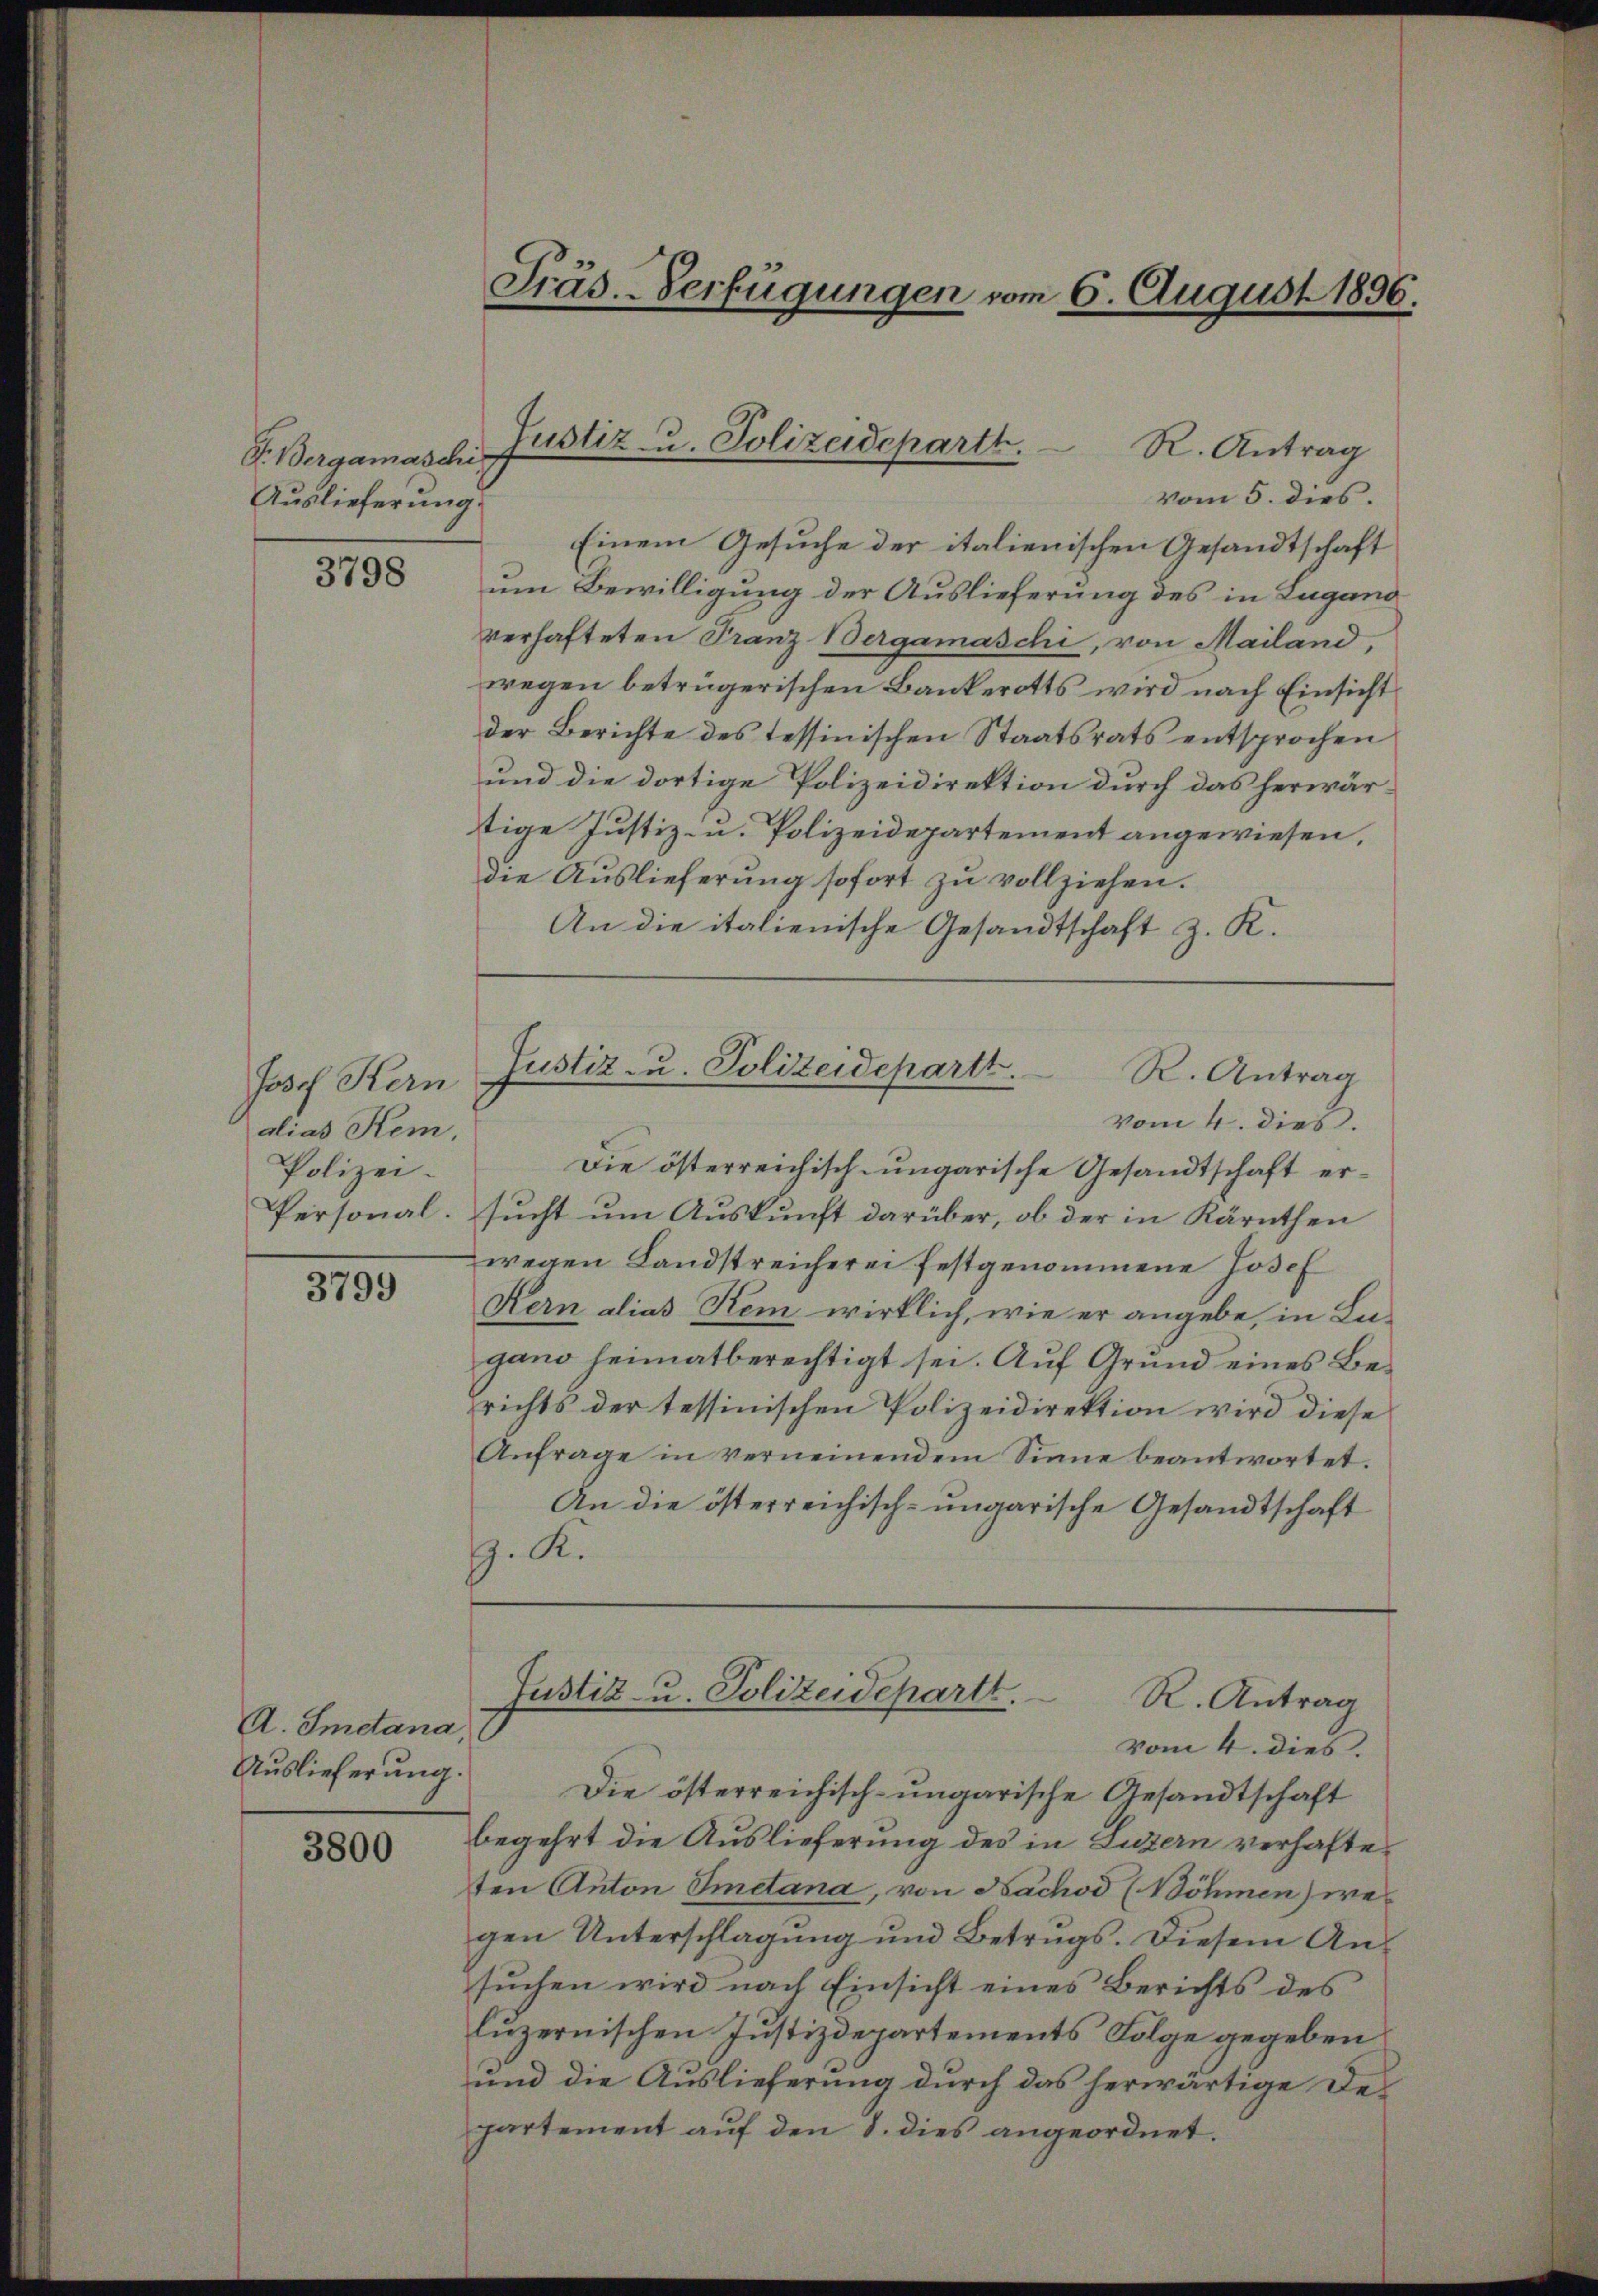
Gr. Bergamaschi
Auslieferung.

3798

Josef Kern
alias Kem
Polizei.
Personal.

3799

A. Smetana,
Auslieferung.

3800

Präs.-Verfügungen vom 6. August 1896.

R. Antrag
vom 5. dies.
Einem Gesuche der italienischen Gesandtschaft
um Bewilligung der Auslieferung des in Lugano
verhafteten Franz Bergamaschi, von Mailand,
wegen betrügerischen Bankerotts wird nach Einsicht
der Berichte des tessinischen Staatsrats entsprochen
und die dortige Polizeidirektion durch das herwärtige Justiz- u. Polizeidepartement angewiesen,
die Auslieferung sofort zu vollziehen.
An die italienische Gesandtschaft z. K.

Justiz- u. Polizeideparth.

Justiz zu. Polizeidepartt.
R. Antrag
vom 4. dies.

Die österreichisch-ungarische Gesandtschaft ersucht um Auskunft darüber, ob der in Kärnthen
wegen Landstreicherei festgenommene Josef
Kern alias Kem wirklich, wie er angebe, in Lu-
gano heimatberechtigt sei. Auf Grund eines Berichts der tessinischen Polizeidirektion wird diese
Anfrage in vernennendem Sinne beantwortet.
An die österreichisch-ungarische Gesandtschaft
G. K.

Die österreichisch-ungarische Gesandtschaft
begehrt die Auslieferung des in Luzern verhafteten Anton Imetana, von Nachod (Böhmen wegen Unterschlagung und Betrugs. Diesem An-
sŭchen wird nach Einsicht eines Berichts des
luzernischen Justizdepartements Folge gegeben
und die Auslieferung durch das herwärtige Des
partement auf den 8. dies angeordnet.

Justiz- u. Polizeideparte.
R. Antrag
vom 4. dies